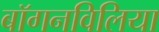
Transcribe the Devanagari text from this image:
बॉगनविलिया